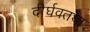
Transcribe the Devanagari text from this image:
दीर्घवतया